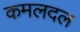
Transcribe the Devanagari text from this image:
कमलदल